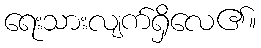
ရေးသားလျက်ရှိလေ၏။